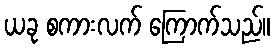
ယခု စကားလက် ကြောက်သည်။